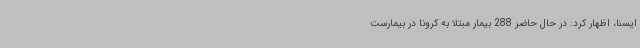
ایسنا، اظهار کرد: در حال حاضر 288 بیمار مبتلا به کرونا در بیمارست